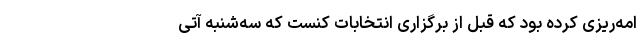
امه‌ریزی کرده بود که قبل از برگزاری انتخابات کنست که سه‌شنبه آتی